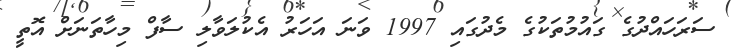
ސަރަހައްދުގެ ގައުމުތަކުގެ މެދުގައި 1997 ވަނަ އަހަރު އެކުލަވާލި ސާފް މިހާތަނަށް އޮތީ